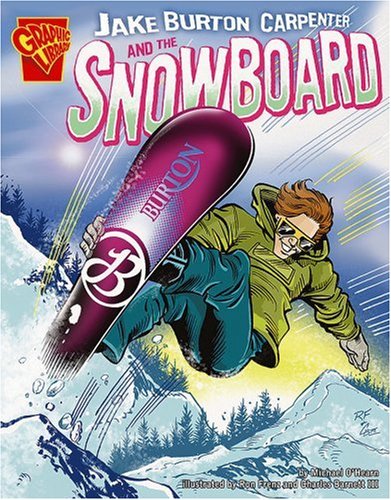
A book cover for Jake Burton Carpenter and the Snowboard (Inventions and Discovery); Michael O'Hearn; Children's Books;